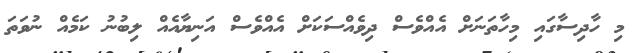
މި ހާދިސާގައި މިހާތަނަށް އެއްވެސް ދިވެއްސަކަށް އެއްވެސް އަނިޔާއެއް ލިބުނު ކަމެއް ނުވަތަ